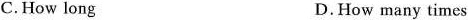
C.How long D.How many times